Eesti_Ajutise_Maavalitsuse_haridusosakond, lk 67
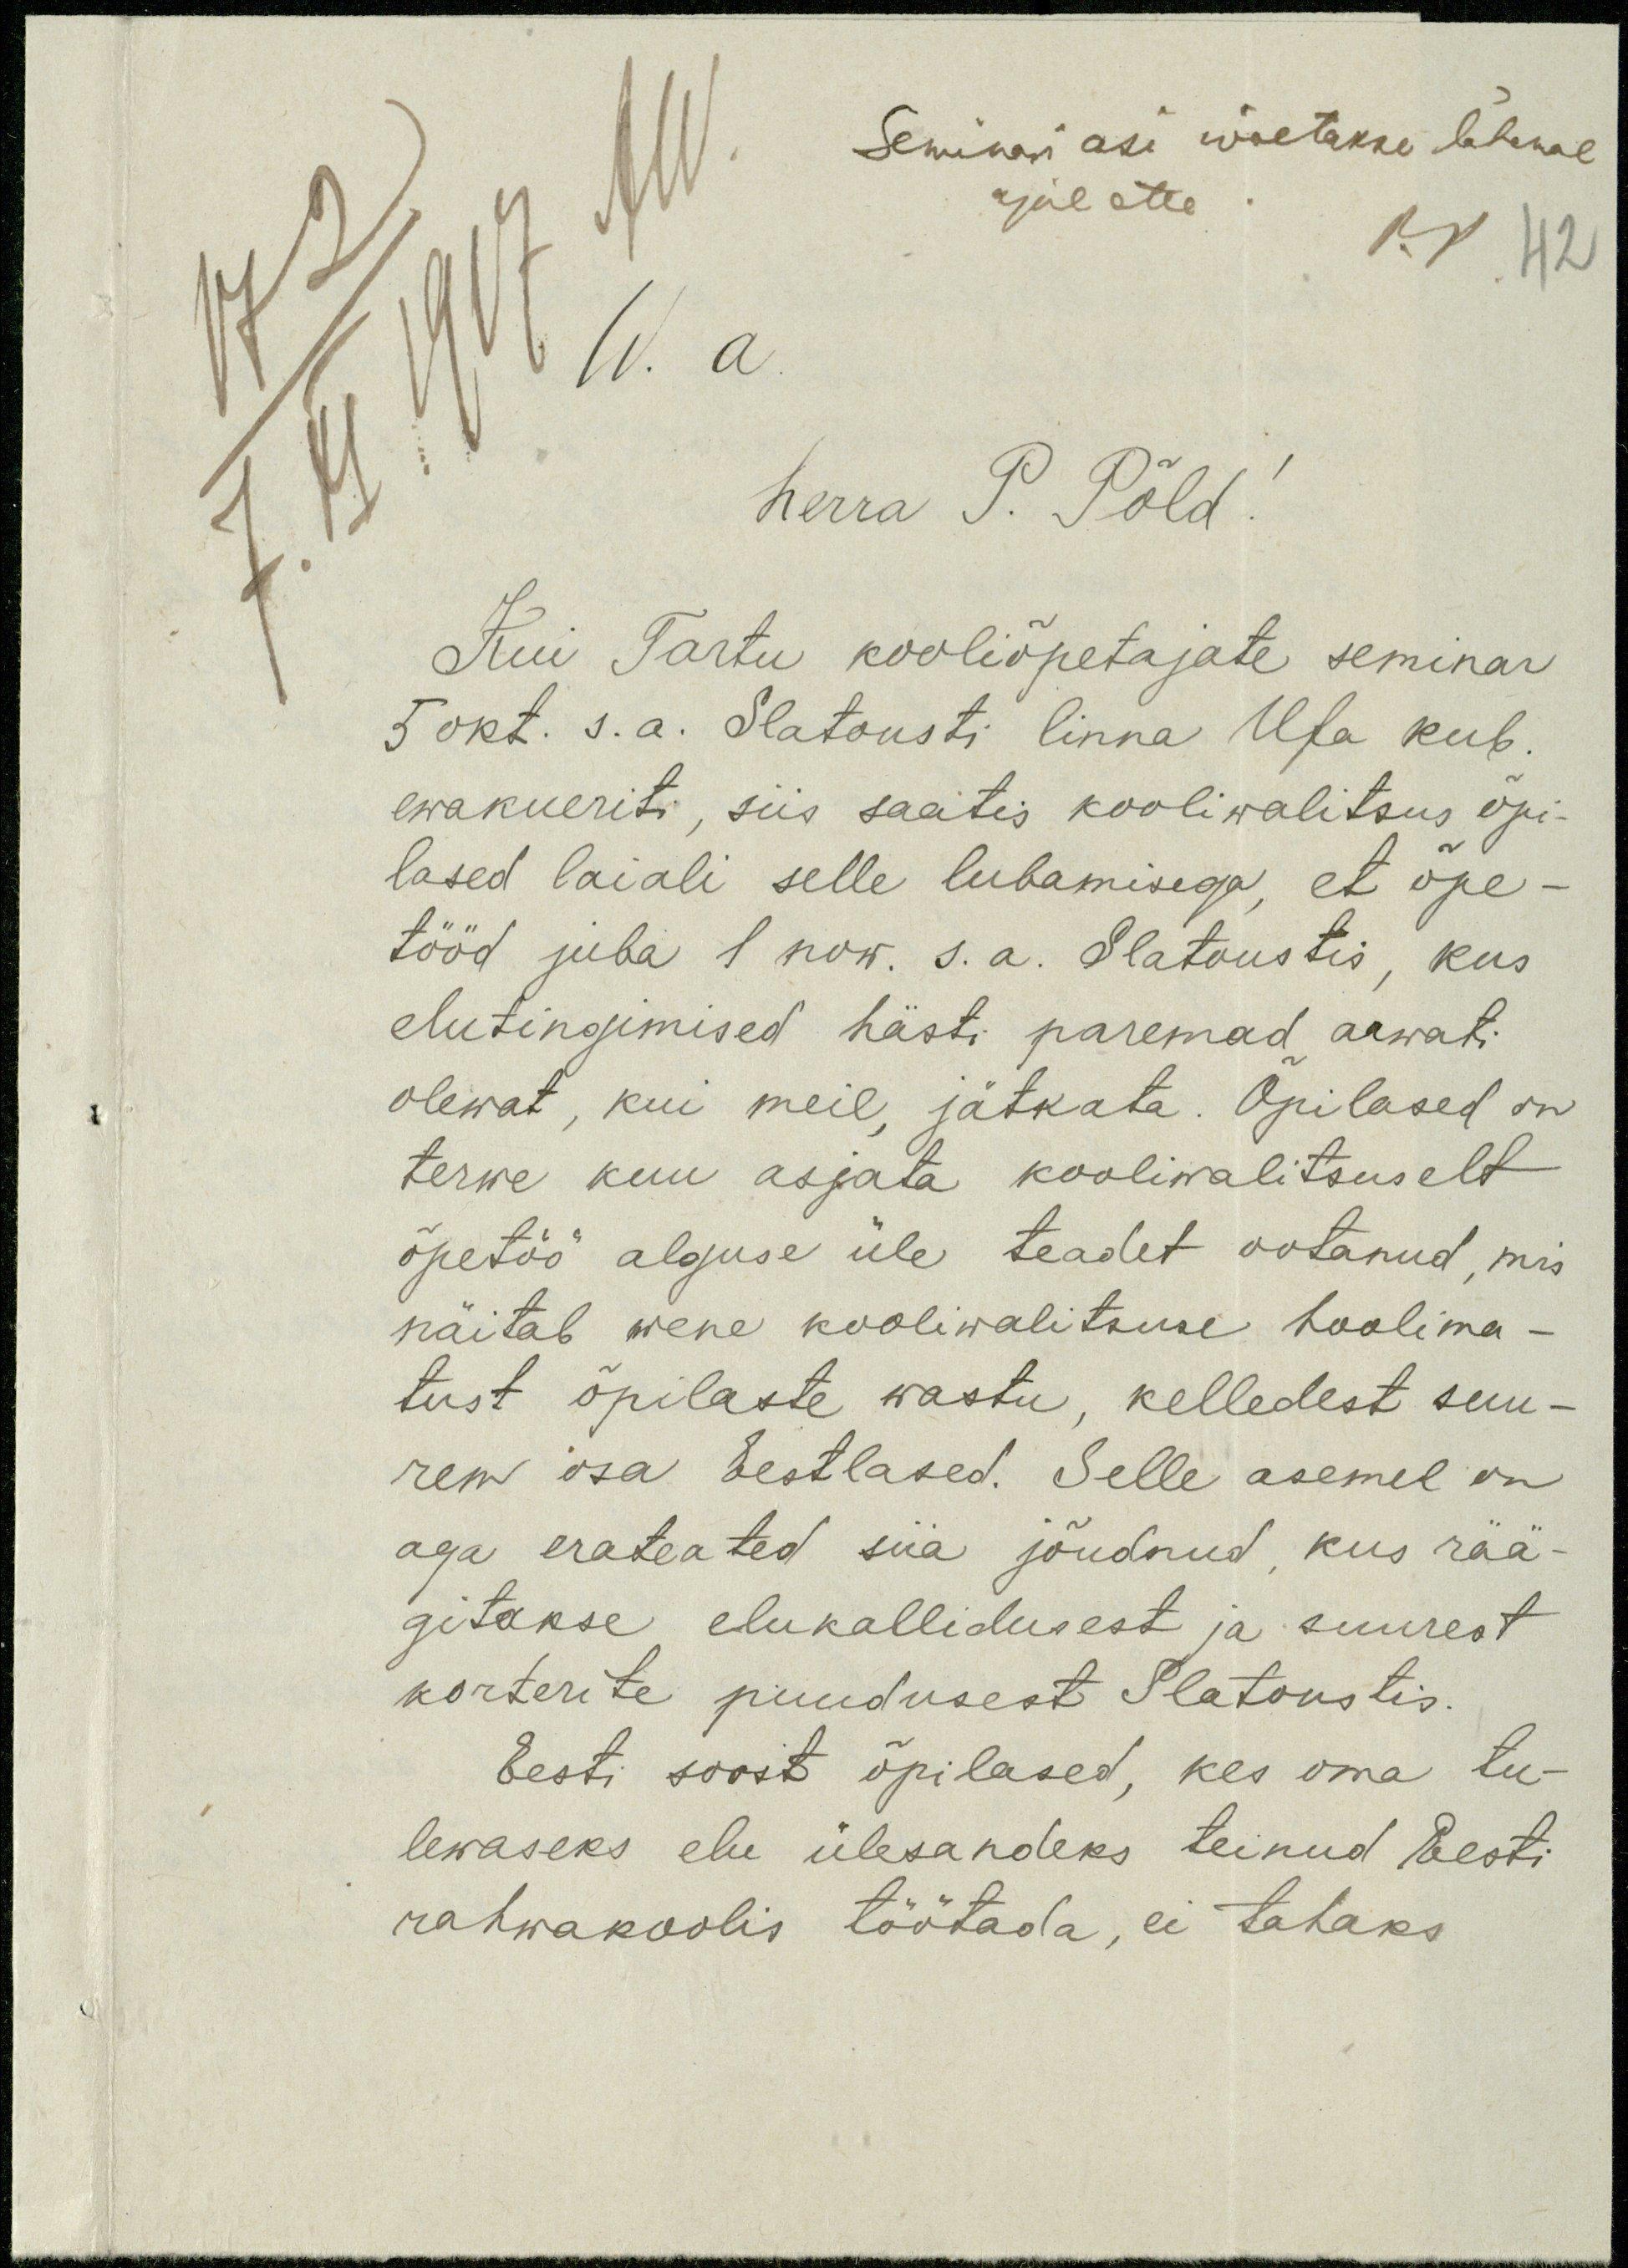
Seminari asi wõetakse lähemal
ajal ette
42
W. a.
herra P. Põld!
Kui Tartu kooliõpetajate seminar
5 okt. s.a. Slatousti linna Ufa kub.
ewakueriti, siis saatis kooliwalitsus õpi-
lased laiali selle lubamisega, et õpe-
tööd juba 1 now. s.a. Slatoustis, kus
elutingimised hästi paremad arwati
olewat, kui meil jätkata. Õpilased on
terwe kuu asjata kooliwalitsuselt
õpetöö alguse üle teadet ootanud, mis
näitab wene kooliwalitsuse hoolima-
tust õpilaste wastu, kelledest suu-
rem osa Eestlased. Selle asemel on
aga erateated siia jõudnud, kus rää-
gitakse elukallidusest ja suurest
korterite puudusest Slatoustis.
Eesti soost õpilased, kes oma tu-
lewaseks elu ülesandeks teinud Eesti
rahwakoolis töötada, ei tahaks